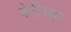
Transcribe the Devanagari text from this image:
केलिसर